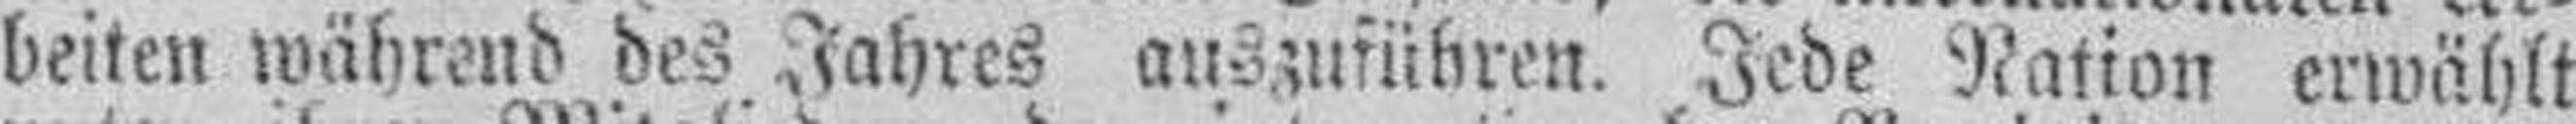
beiten während des Jahres auszuführen. Jede Nation erwählt